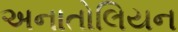
અનાતોલિયન